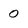
Character: 0